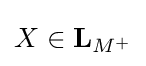
X\in \mathbf {L} _{M^{+}}